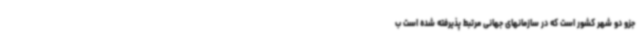
جزو دو شهر کشور است که در سازمانهای جهانی مرتبط پذیرفته شده است ب